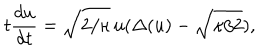
t \frac { d u } { d t } = \sqrt { 2 / \kappa } \, u ( \Delta ( u ) - \sqrt { \kappa / 2 } ) ,